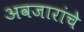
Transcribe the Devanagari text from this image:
अवजारांचे